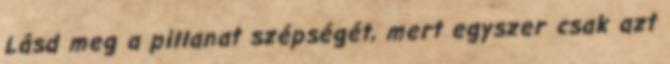
Lásd meg a pillanat szépségét, mert egyszer csak azt